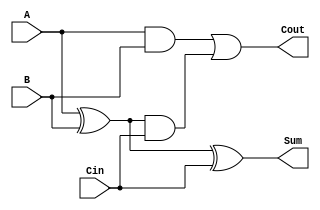
module CarryLookaheadFullAdder (
    input wire A,       // First input bit
    input wire B,       // Second input bit
    input wire Cin,     // Carry input
    output wire Sum,    // Sum output
    output wire Cout    // Carry output
);

    // Internal signals for Generate and Propagate
    wire G;            // Generate
    wire P;            // Propagate
    wire C1;           // Intermediate carry output

    // Generate and Propagate calculations
    assign G = A & B;          // Generate: G = A * B
    assign P = A ^ B;          // Propagate: P = A XOR B

    // Carry calculations
    assign C1 = G | (P & Cin); // C1 = G + (P * Cin)
    assign Cout = G | (P & Cin); // Cout = G + (P * Cin)

    // Sum calculation
    assign Sum = P ^ Cin;      // Sum = P XOR Cin

endmodule